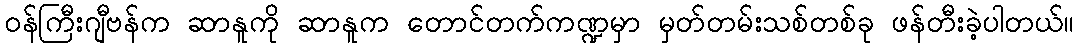
ဝန်ကြီးဂျီဗန်က ဆာနူကို ဆာနူက တောင်တက်ကဏ္ဍမှာ မှတ်တမ်းသစ်တစ်ခု ဖန်တီးခဲ့ပါတယ်။